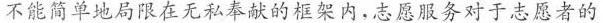
不能简单地局限在无私奉献的框架内，志愿服务对于志愿者的